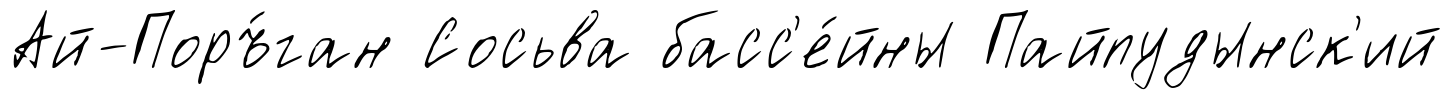
Ай-Поръ́ган Сосьва басс'е́йны Пайпудынск'ий